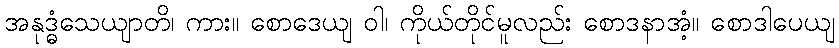
အနုဒ္ဓံသေယျာတိ၊ ကား။ စောဒေယျ ဝါ၊ ကိုယ်တိုင်မူလည်း စောဒနာအံ့။ စောဒါပေယျ